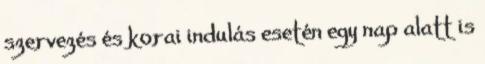
szervezés és korai indulás esetén egy nap alatt is